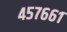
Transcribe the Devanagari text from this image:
४५७६६१